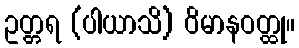
ဥတ္တရ (ပါယာသိ) ဝိမာနဝတ္ထု။